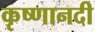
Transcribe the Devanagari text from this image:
कृष्णानदी